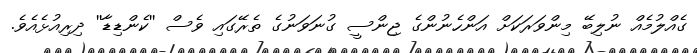
ގެއްލުމެއް ނުލިބޭ މިންވަރަކަށް އަންހެނުންގެ ޖިންސީ ގުނަވަނުގެ ތެރޭގައި ވެސް ''ކެންޑިޑާ'' ދިރިއުޅެއެވެ.